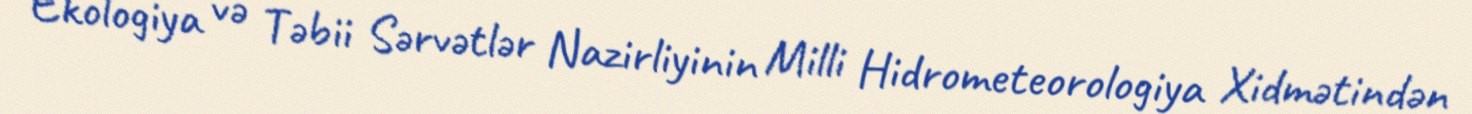
Ekologiya və Təbii Sərvətlər Nazirliyinin Milli Hidrometeorologiya Xidmətindən